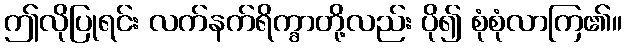
ဤလိုပြုရင်း လက်နက်ရိက္ခာတို့လည်း ပို၍ စုံစုံလာကြ၏။